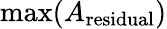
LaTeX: \operatorname*{max}(A_{\mathrm{residual}})